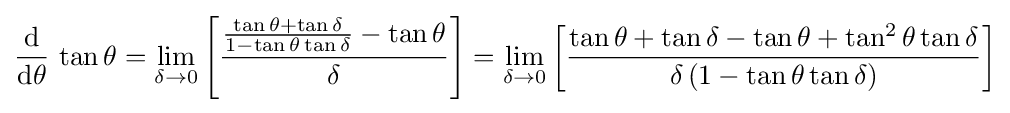
{\frac {\operatorname {d} }{\operatorname {d} \!\theta }}\,\tan \theta =\lim _{\delta \to 0}\left[{\frac {{\frac {\tan \theta +\tan \delta }{1-\tan \theta \tan \delta }}-\tan \theta }{\delta }}\right]=\lim _{\delta \to 0}\left[{\frac {\tan \theta +\tan \delta -\tan \theta +\tan ^{2}\theta \tan \delta }{\delta \left(1-\tan \theta \tan \delta \right)}}\right]